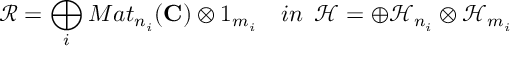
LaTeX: \mathcal { R } = \bigoplus _ { i } M a t _ { n _ { i } } ( \mathbf { C } ) \otimes 1 _ { m _ { i } } \, \, \, \, \, \, i n \, \, \, \mathcal { H } = \oplus \mathcal { H } _ { n _ { i } } \otimes \mathcal { H } _ { m _ { i } }